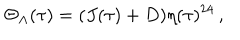
LaTeX: \Theta _ { \Lambda } ( \tau ) = ( J ( \tau ) + D ) \eta ( \tau ) ^ { 2 4 } \, ,